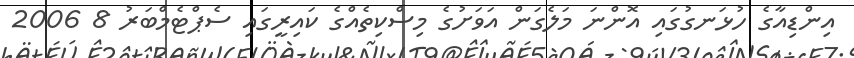
އިންޑިއާގެ ހުޅަނގުގައި އޮންނަ މަލެގަން އަވަށުގެ މިސްކިތެއްގެ ކައިރީގައި ސެޕްޓެމްބަރު 8 2006